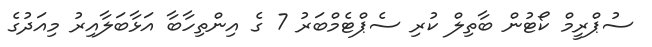
ސުޕްރީމް ކޯޓުން ބާތިލް ކުރި ސެޕްޓެމްބަރު 7 ގެ އިންތިހާބާ އަޅާބަލާއިރު މިއަދުގެ